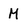
Character: M